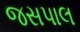
જસપાલ